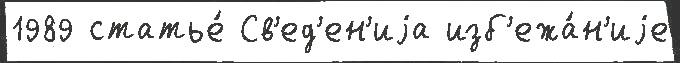
1989 статье́ Св'ед'ен'иjа изб'ежа́н'иjе